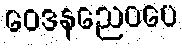
ဝေဒနညေဝပေ